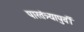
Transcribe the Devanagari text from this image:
पारतंत्र्यापुर्वी